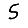
Digit: 5